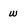
Character: w